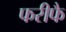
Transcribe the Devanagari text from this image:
फरीफै